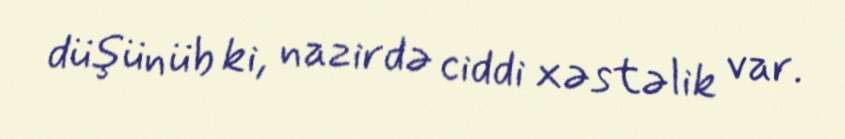
düşünüb ki, nazirdə ciddi xəstəlik var.